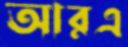
আরএ